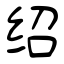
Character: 绍